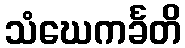
သံဃေကင်္ခတိ